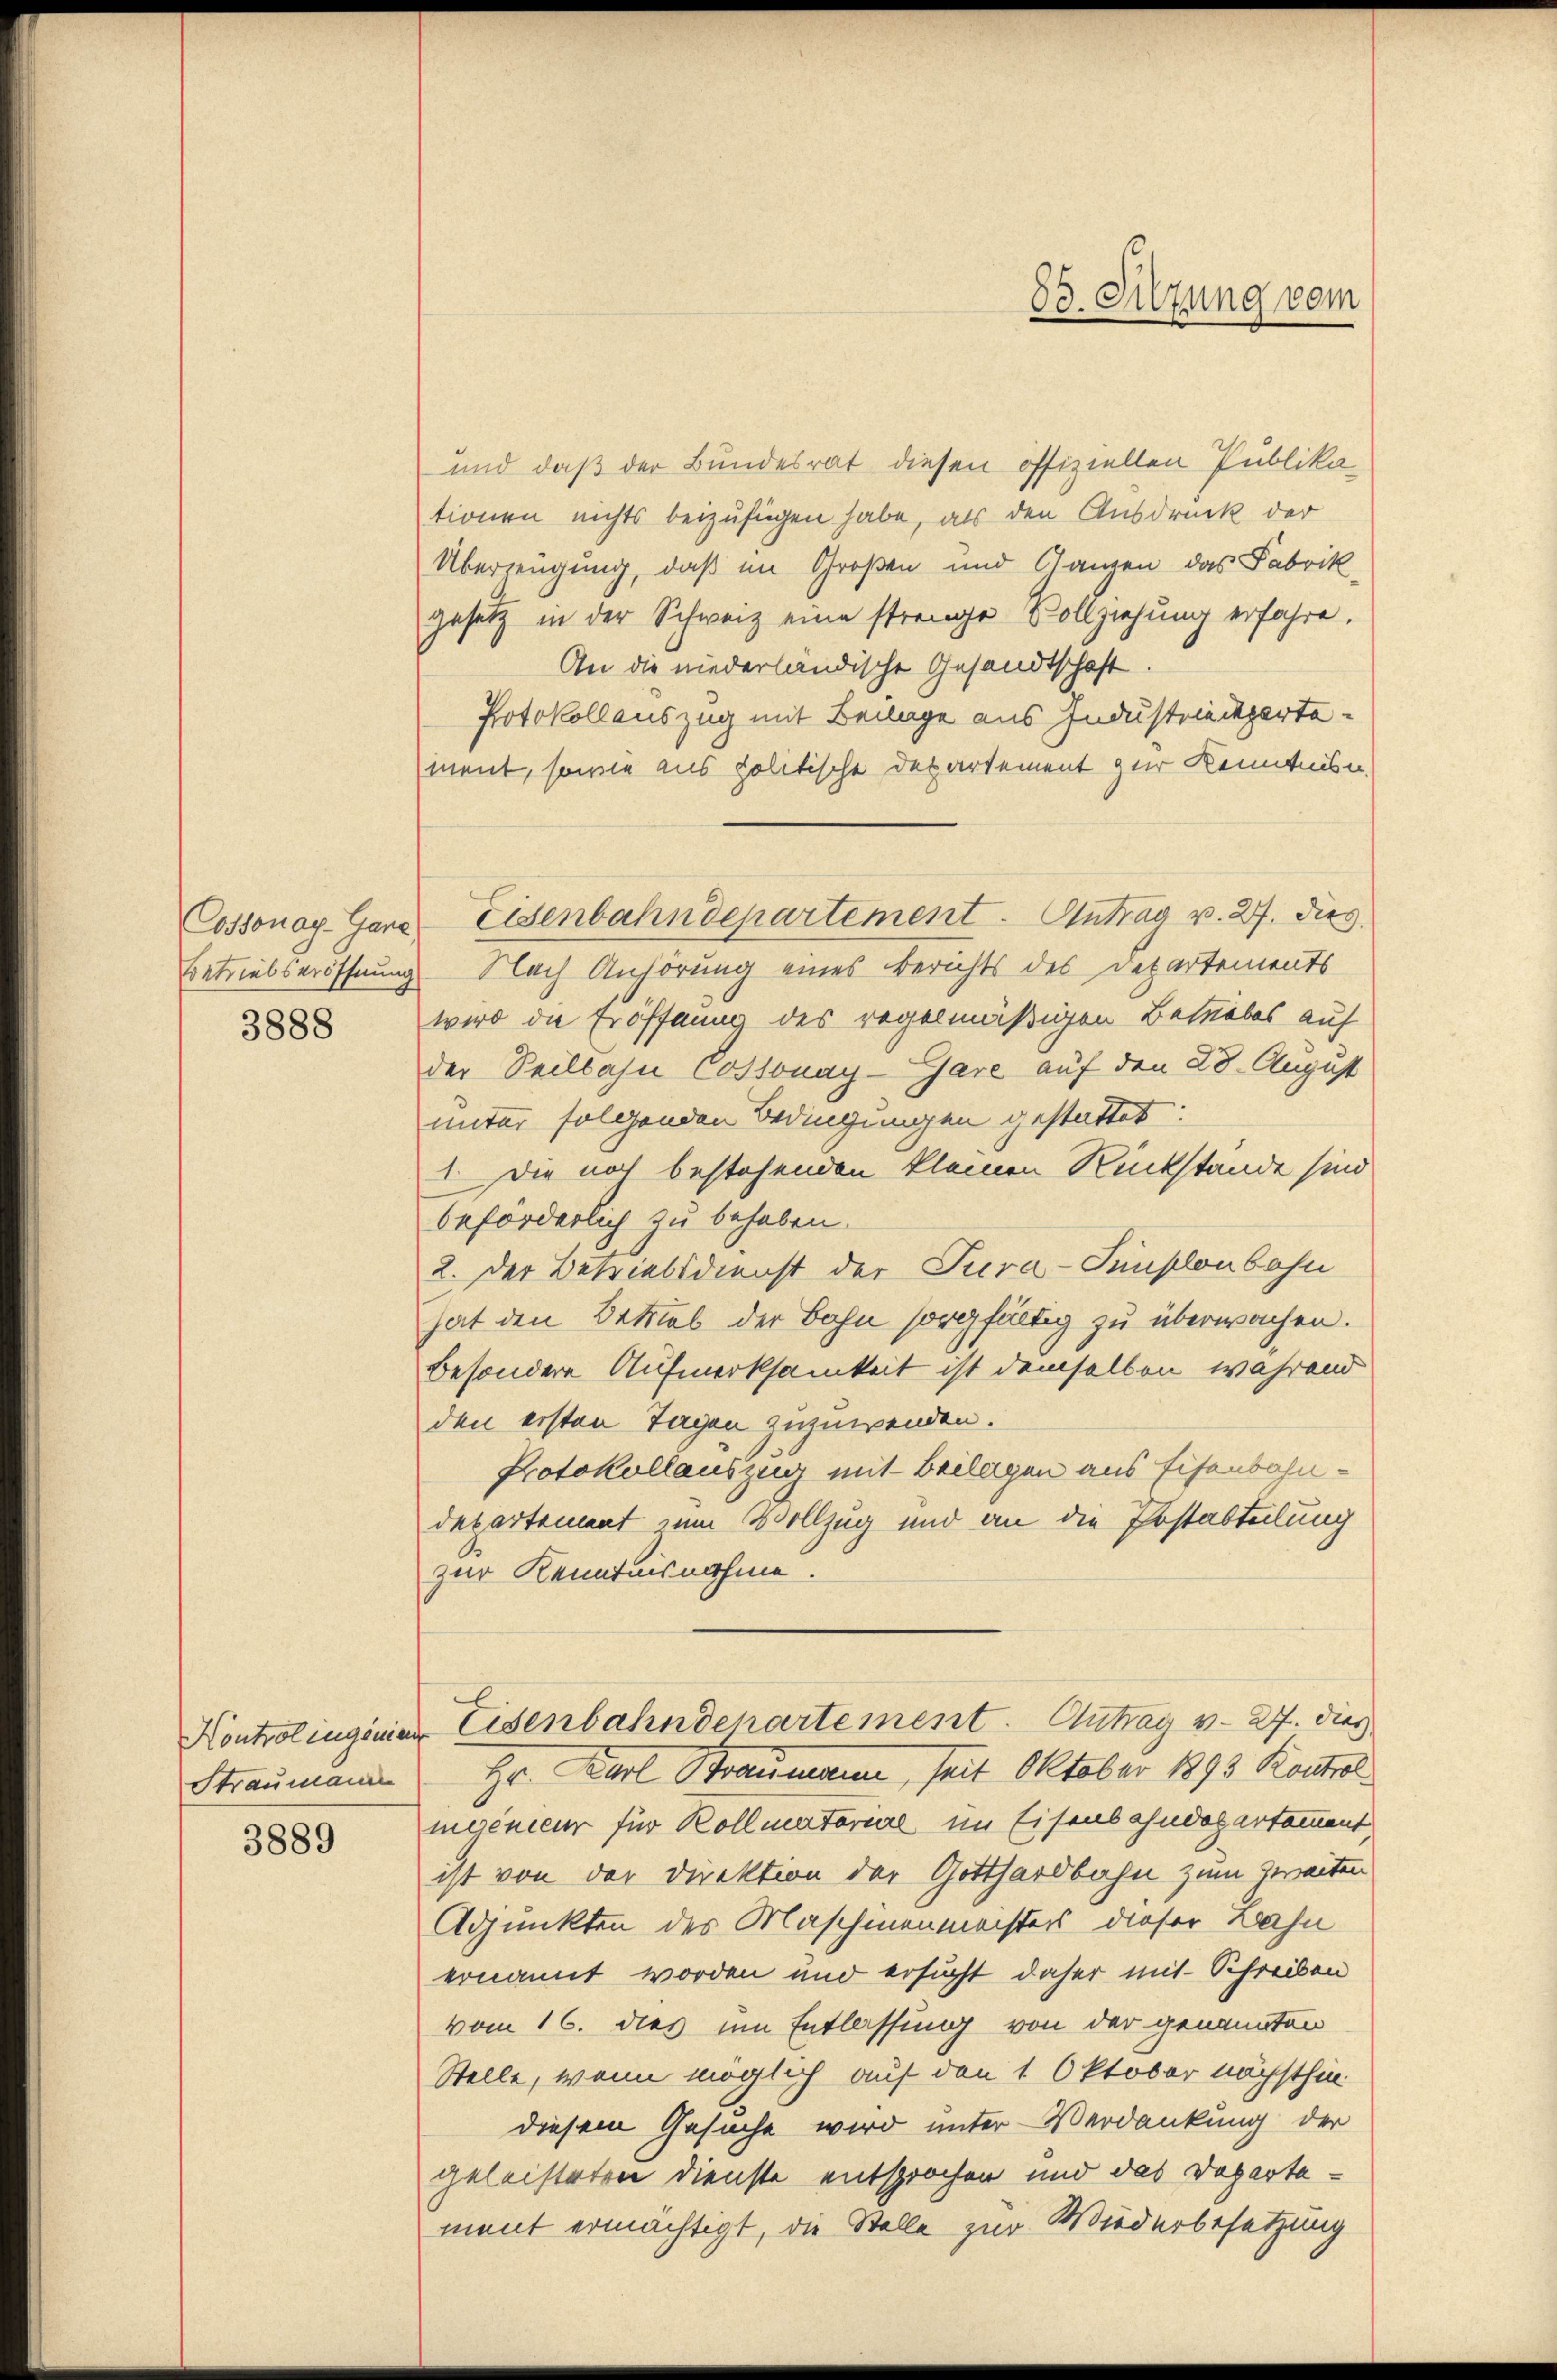
3888

Straumann

3889

und daß der Bundesrat diesen offiziellen Publika-
tionen nichts beizufügen habe, als den Ausdruck der
Überzeugung, daß im Großen und Ganzen das Fabrik
gesetz in der Schweiz eine strenge Vollziehung erfahre.
An die niederländische Gesandtschaft.
Protokollauszug mit Beilage aus Industrieckpartement, sowie aus politische Departement zur Kenntnis u.
Betriebseröffnung Nach Anhörung eines Berichts des Departements
wird die Eröffnung des regelmäßigen Betriebes auf
der Seilbahn Cossonay-Gare auf den 28. August
unter folgenden Bedingungen gestattet:
1 die noch bestehenden kleinen Rückstände sind
beförderlich zu behaben.
2. Der Betriebsdienst der Tura-Sunklenbahn
hat den Betrieb der Bahn sorgfältig zu überwachen.
besondere Aufmerksamkeit ist demselben während
den ersten Tagen zuzuwenden.
Protokollauszug mit Beilagen aus Eisenbahndepartement zum Vollzug und an die Erstabteilung
zur Kenntnisnahme.
Kontrolingenier Eisenbahndchartement. Antrag v. 27. dies
Hr. Karl Braumann, seit Oktober 1893 Kontrol
ngenieur für Kollmatariae im Eisenbahndepartament
ist von der Direktion der Gotthardbahn zum Zweiten
Adjunkten des Maschinenmachters dieser Bahn
ernannt worden und ersucht daher mit Schreiben
vom 16. dies um Entlassung von der genannten
Stelle, wenn möglich auf den 1. Oktober nächsthin
diesem Gesuche wird unter Verdankung der
geleisteten Dienste entsprochen und das Departement ermächtigt, die Stelle zur Wiederbesetzung

Cossonog-Gard Eisenbahndepartement. Antrag v. 27. dies

88. Sitzung vom